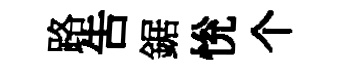
路吿鋸恱个